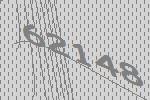
62148